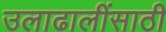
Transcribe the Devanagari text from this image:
उलाढालींसाठी